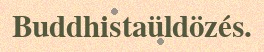
Buddhistaüldözés.